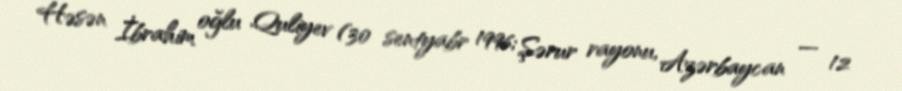
Həsən İbrahim oğlu Quliyev (30 sentyabr 1996; Şərur rayonu, Azərbaycan — 12